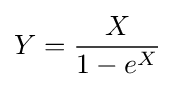
Y={\frac {X}{1-e^{X}}}